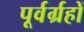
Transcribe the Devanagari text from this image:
पूर्वर्ग्रहों